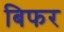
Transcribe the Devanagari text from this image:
बिफर